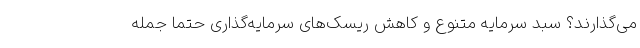
می‌گذارند؟ سبد سرمایه متنوع و کاهش ریسک‌های سرمایه‌گذاری حتما جمله